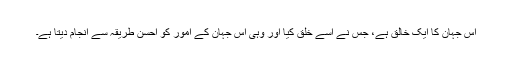
اس جہان کا ایک خالق ہے، جس نے اسے خلق کیا اور وہی اس جہان کے امور کو احسن طریقہ سے انجام دیتا ہے۔